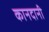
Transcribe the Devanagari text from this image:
कानदानी